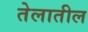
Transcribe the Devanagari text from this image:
तेलातील